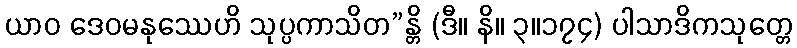
ယာဝ ဒေဝမနုဿေဟိ သုပ္ပကာသိတ”န္တိ (ဒီ။ နိ။ ၃။၁၇၄) ပါသာဒိကသုတ္တေ